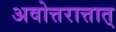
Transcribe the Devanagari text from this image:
अवोत्तरात्तात्